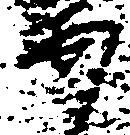
安